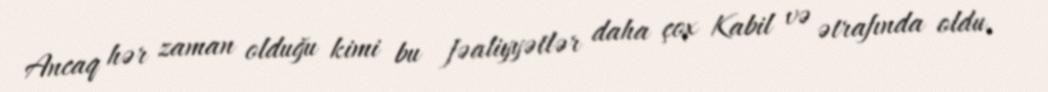
Ancaq hər zaman olduğu kimi bu fəaliyyətlər daha çox Kabil və ətrafında oldu,